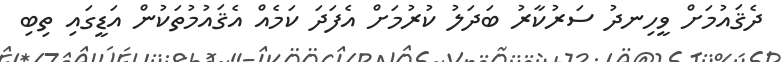
ދެޤައުމަށް ވީހިނދު ސަރުކާރު ބަދަލު ކުރުމަށް އެފަދަ ކަމެއް އެޤައުމުތަކުން އަޑީގައި ތިބި